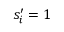
s _ { i } ^ { \prime } = 1